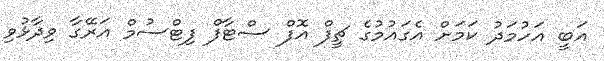
އަބީ އަހުމަދު ކަމަށް އެގައުމުގެ ޗީފް އޮފް ސްޓާފް ފިޓްސުމް އަރޭގާ ވިދާޅުވި